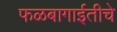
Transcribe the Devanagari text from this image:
फळबागाईतीचे